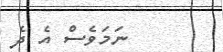
ނަމަވެސް އެ ދެ